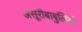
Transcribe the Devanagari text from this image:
असूरीबाबुलियों